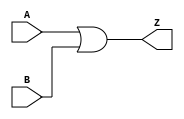
`timescale 1ns / 1ps

module OR_gate(
    input A,
    input B,
    output Z
    );

assign Z = A | B; 
endmodule